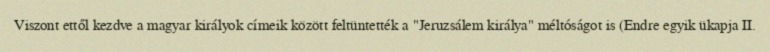
Viszont ettől kezdve a magyar királyok címeik között feltüntették a "Jeruzsálem királya" méltóságot is (Endre egyik ükapja II.